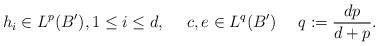
LaTeX: \begin{align*}h_i \in L^p (B'), 1\le i\le d, \ \ \ \ c,e \in L^q(B') \ \ \ \ q:=\frac{dp}{d+p}.\end{align*}